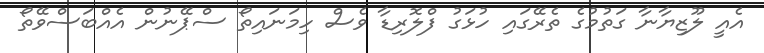
އެއީ ލޫޒިޔާނާ ގަތުމުގެ ތެރޭގައި ހުޅަގު ފްލޮރިޑާ ވެސް ހިމަނައިތޯ ސްޕޭނުން އެއްބަސްވޭތޯ